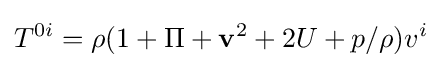
T^{0i}=\rho (1+\Pi +\mathbf {v} ^{2}+2U+p/\rho )v^{i}